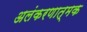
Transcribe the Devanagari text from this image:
अलंकरणात्मक